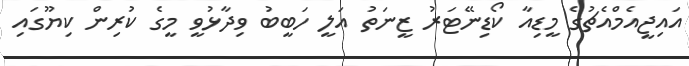
އައިޖީއެމްއެޗުގެ މީޑިއާ ކޯޑިނޭޓަރު ޒީނަތު އަލީ ހަބީބު ވިދާޅުވީ މީގެ ކުރިން ކިޔޫގައި